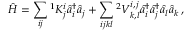
\hat { H } = \sum _ { i j } { } ^ { 1 } K _ { j } ^ { i } \hat { a } _ { i } ^ { \dagger } \hat { a } _ { j } + \sum _ { i j k l } { } ^ { 2 } V _ { k , l } ^ { i , j } \hat { a } _ { i } ^ { \dagger } \hat { a } _ { j } ^ { \dagger } \hat { a } _ { l } \hat { a } _ { k } \, ,